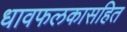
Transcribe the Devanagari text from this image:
धावफलकासहित